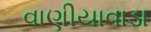
વાણીયાવાડા